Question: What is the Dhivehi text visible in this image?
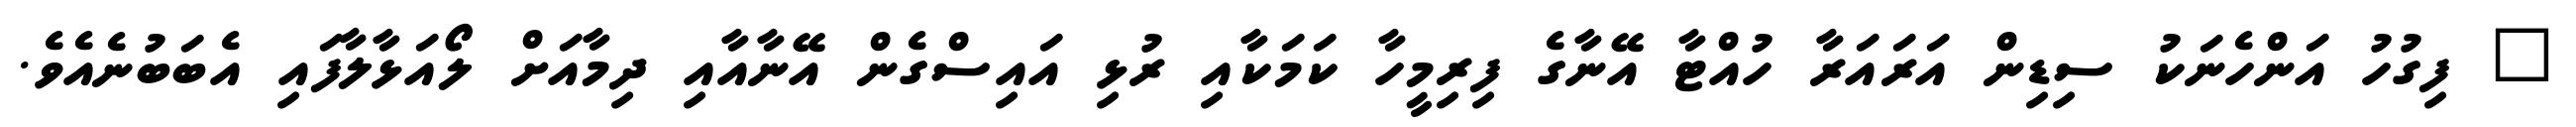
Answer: " ފިގުހު އަންހެނަކު ސިޑިން އަރައަރާ ހުއްޓާ އޭނާގެ ފިރިމީހާ ކަމަކާއި ރުޅި އައިސްގެން އޭނާއާއި ދިމާއަށް ލޯއަޅާލާފައި އެބަބުނެއެވެ.